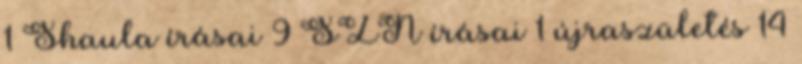
1 Shaula írásai 9 SZN írásai 1 újraszületés 14